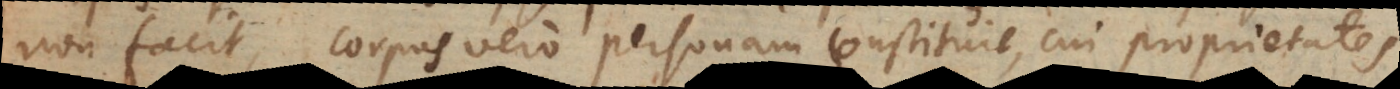
non facit, corpus vero personam constituit, cui proprietates